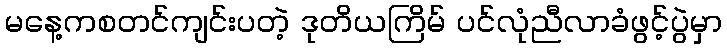
မနေ့ကစတင်ကျင်းပတဲ့ ဒုတိယကြိမ် ပင်လုံညီလာခံဖွင့်ပွဲမှာ